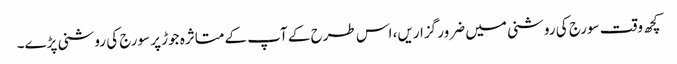
کچھ وقت سورج کی روشنی میں ضرور گزاریں، اس طرح کے آپ کے متاثرہ جوڑ پر سورج کی روشنی پڑے۔